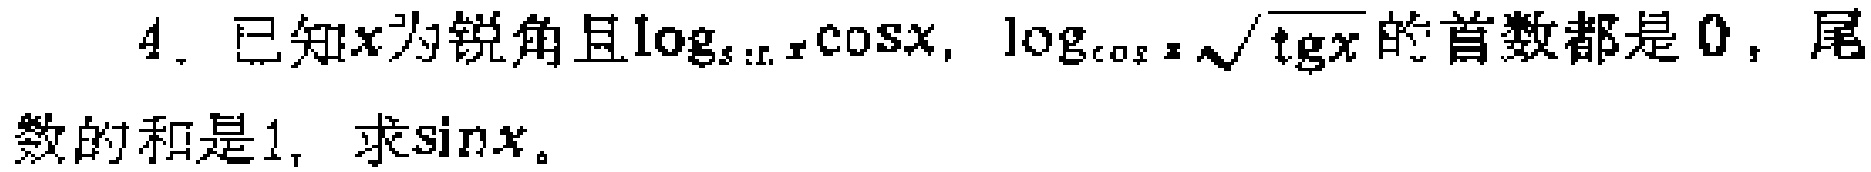
4. 已知\(x\)为锐角且\(\log_{\sin x}\cos x\)，\(\log_{\cos x}\sqrt{\tan x}\)的首数都是\(0\)，尾数的和是\(1\)，求\(\sin x\)。